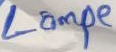
Text: Lampe